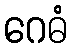
ဂေဓံ